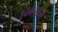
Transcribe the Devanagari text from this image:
फिल्मोमें